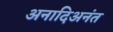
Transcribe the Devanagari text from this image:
अनादिअनंत